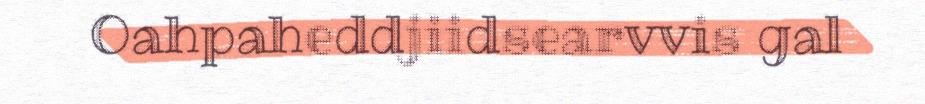
Oahpaheddjiidsearvvis gal